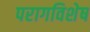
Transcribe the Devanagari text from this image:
परागविशेष